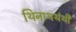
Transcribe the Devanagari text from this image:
थिनाथथंथी